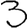
Digit: 3